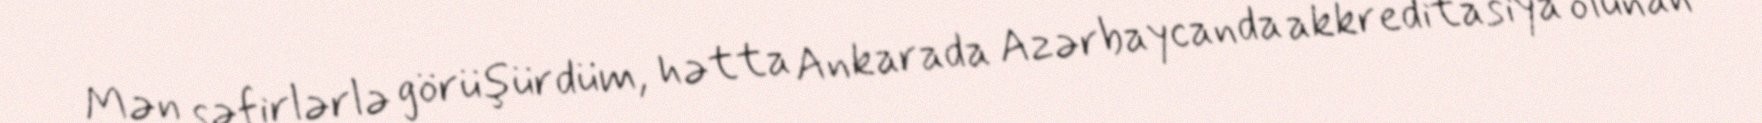
Mən səfirlərlə görüşürdüm, hətta Ankarada Azərbaycanda akkreditasiya olunan